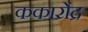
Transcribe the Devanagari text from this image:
ककारोंद्र